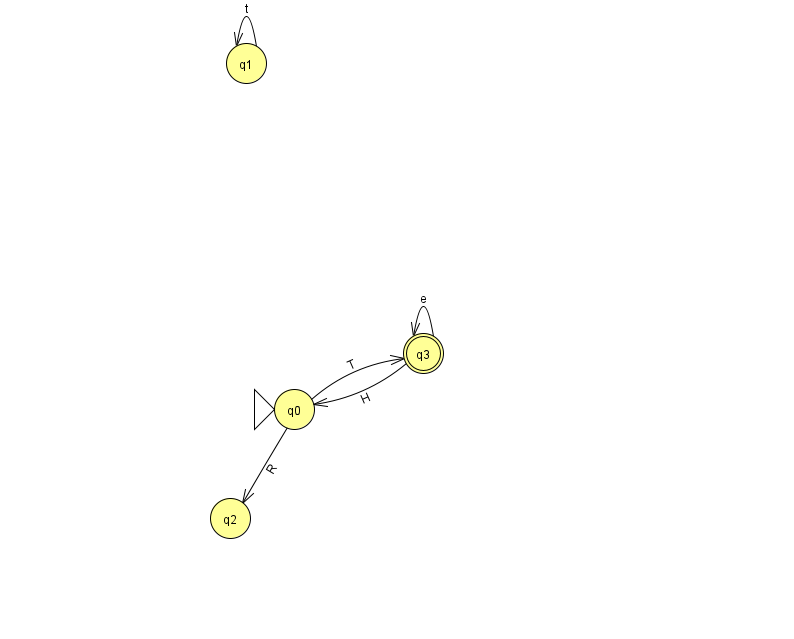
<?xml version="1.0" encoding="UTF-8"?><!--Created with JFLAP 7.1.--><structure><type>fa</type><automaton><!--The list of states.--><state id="0" name="q0"><x>294.0</x><y>396.0</y><initial/></state><state id="1" name="q1"><x>246.0</x><y>50.0</y></state><state id="2" name="q2"><x>230.0</x><y>505.0</y></state><state id="3" name="q3"><x>423.0</x><y>340.0</y><final/></state><!--The list of transitions.--><transition><from>3</from><to>0</to><read>H</read></transition><transition><from>1</from><to>1</to><read>t</read></transition><transition><from>3</from><to>3</to><read>e</read></transition><transition><from>0</from><to>2</to><read>R</read></transition><transition><from>0</from><to>3</to><read>T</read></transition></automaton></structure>